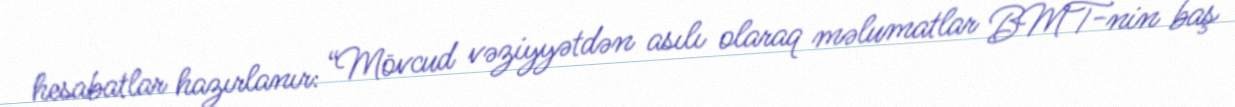
hesabatlar hazırlanır: “Mövcud vəziyyətdən asılı olaraq məlumatlar BMT-nin baş